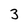
Character: 3